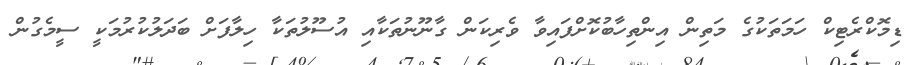
ޑިމޮކްރެޓިކް ހަމަތަކުގެ މަތިން އިންތިހާބުކޮށްފައިވާ ވެރިކަން ގާނޫނުތަކާއި އުސޫލުތަކާ ހިލާފަށް ބަދަލުކުރުމަކީ ސީމެގުން